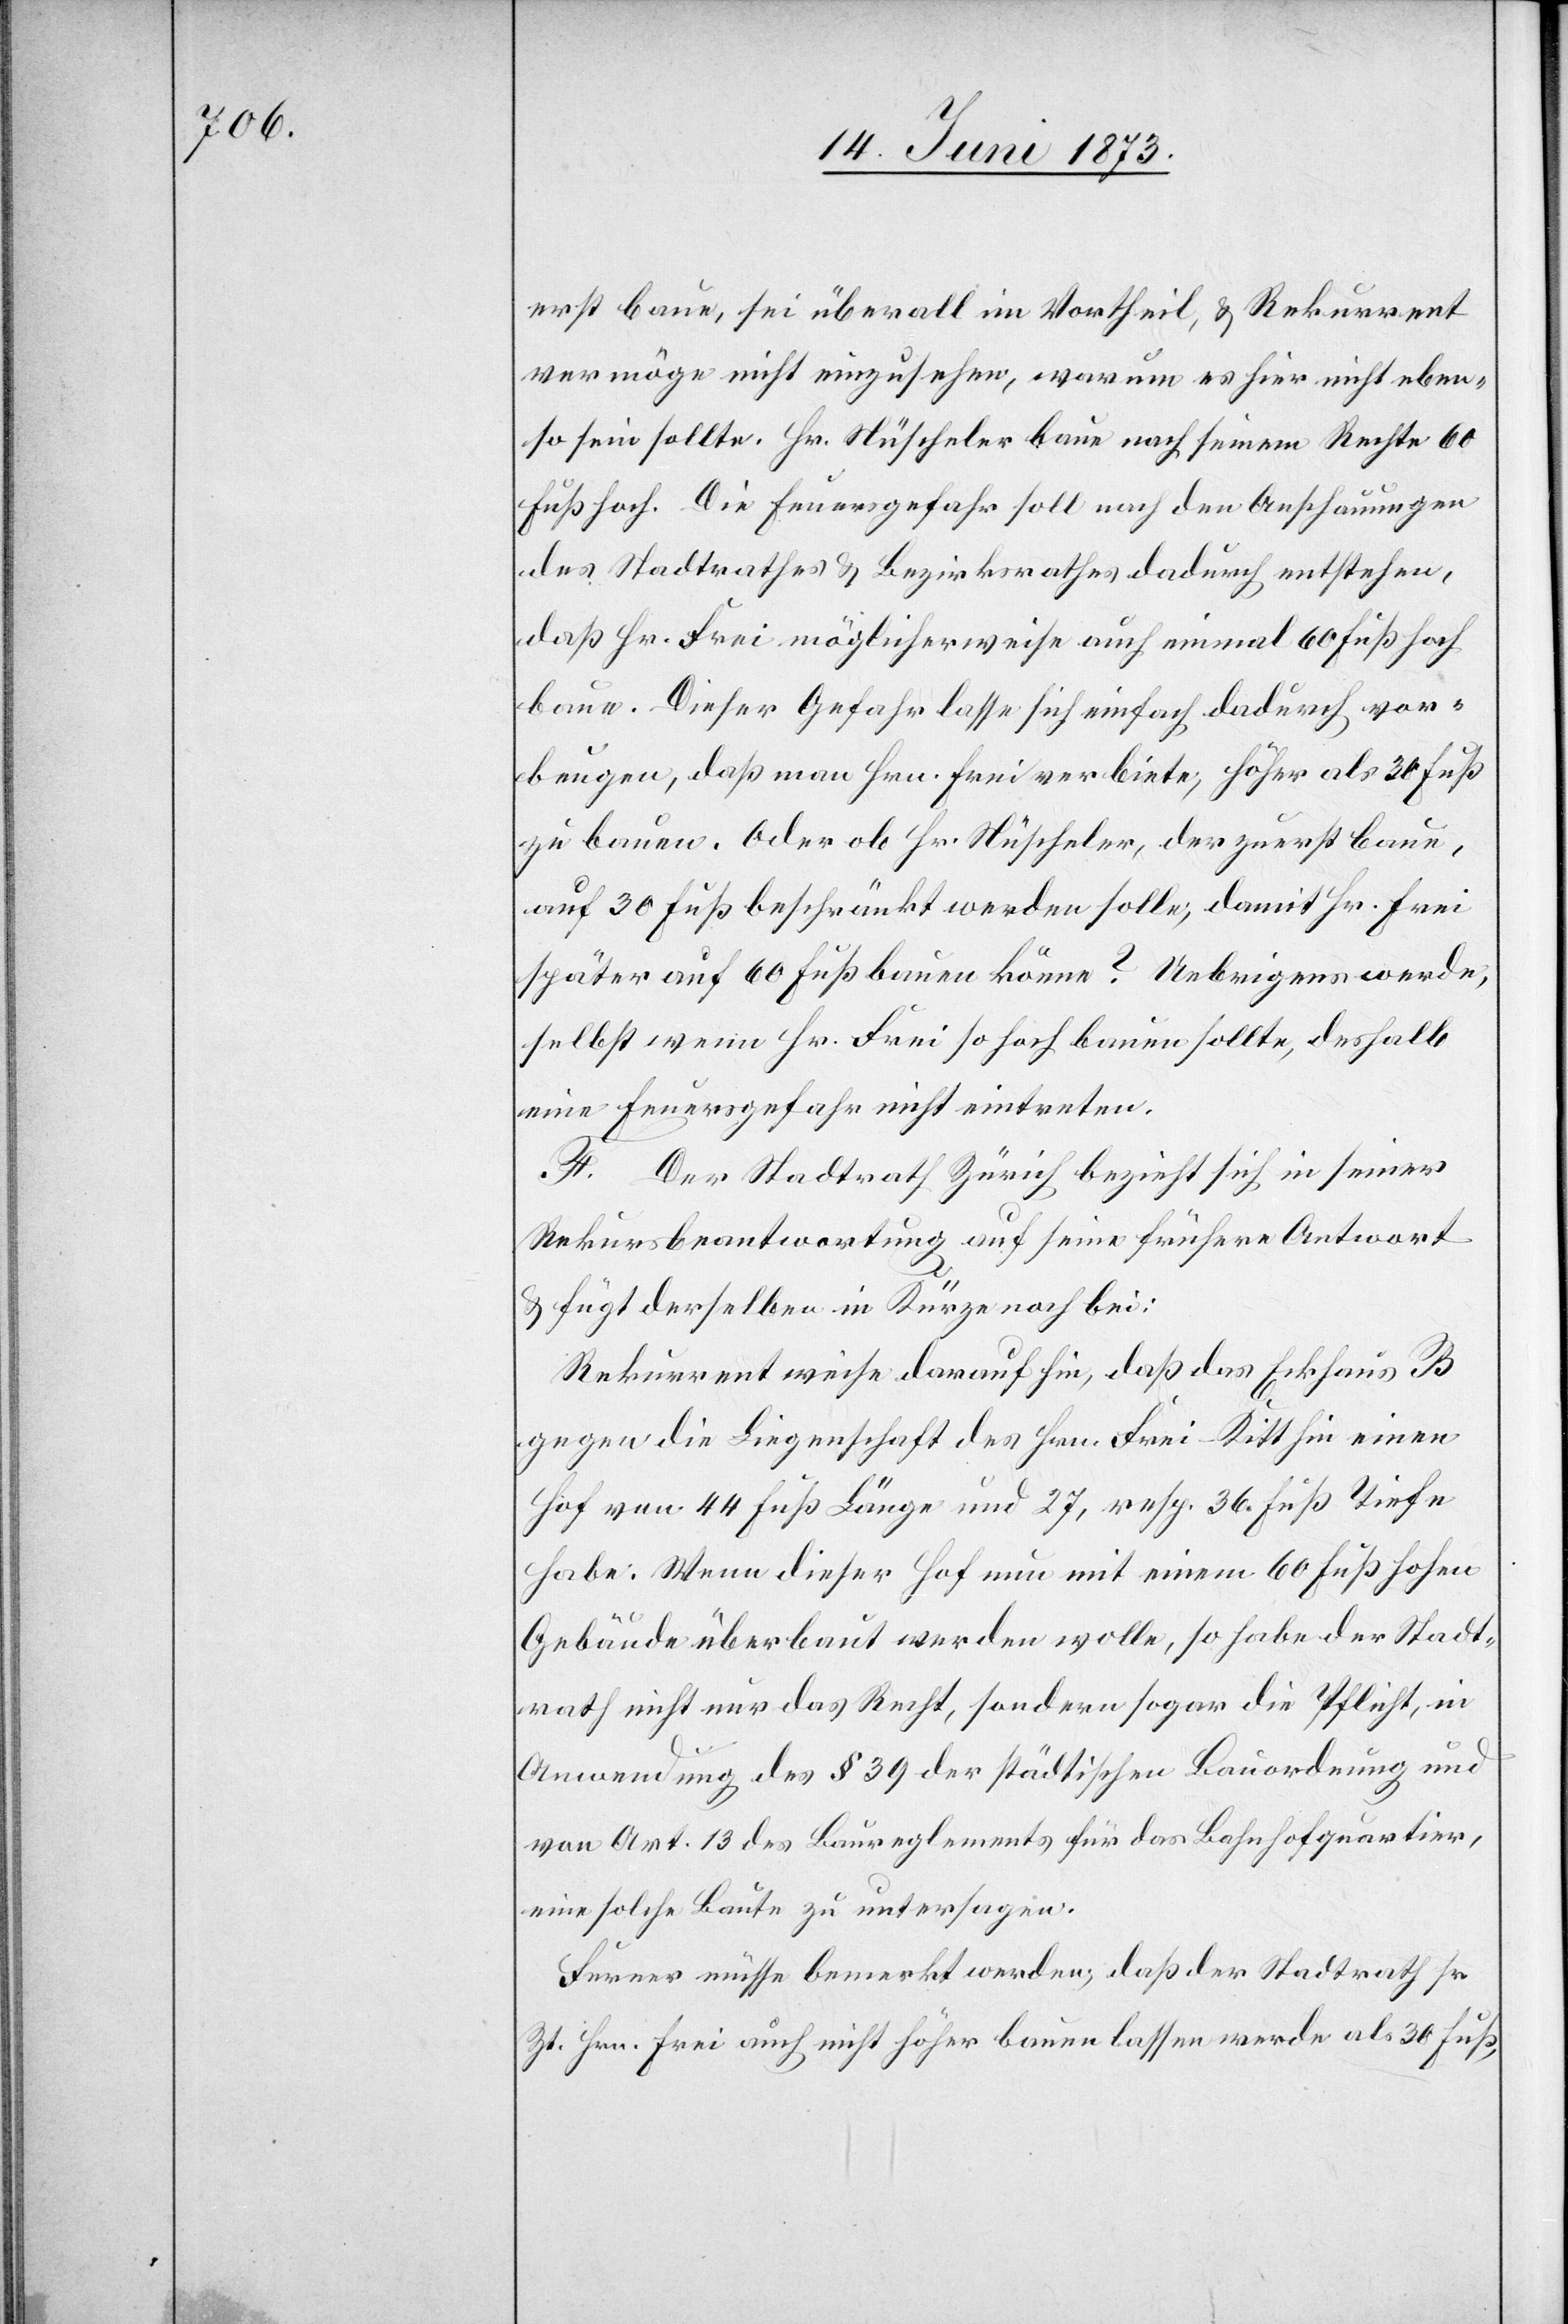
erst baue, sei überall im Vortheil, & Rekurrent
vermöge nicht einzusehen, warum es hier nicht eben¬
so sein sollte. Hr. Nüscheler baue nach seinem Rechte 60
Fuß hoch. Die Feuersgefahr soll nach den Anschauungen
des Stadtrathes & Bezirksrathes dadurch entstehen,
daß Hr. Frei möglicherweise auch einmal 60 Fuß hoch
baue. Dieser Gefahr lasse sich einfach dadurch vor¬
beugen, daß man Hrn. Frei verbiete, höher als 30 Fuß
zu bauen. Oder ob Hr. Nüscheler, der zuerst baue,
auf 30 Fuß beschränkt werden solle, damit Hr. Frei
später auf 60 Fuß bauen könne? Uebrigens werde,
selbst wenn Hr. Frei so hoch bauen sollte, deshalb
eine Feuersgefahr nicht eintreten.
F. Der Stadtrath Zürich bezieht sich in seiner
Rekursbeantwortung auf seine frühere Antwort
& fügt derselben in Kürze noch bei:
Rekurrent weise darauf hin, daß das Eckhaus B
gegen die Liegenschaft des Hrn. Frei-Kitt hin einen
Hof von 44 Fuß Länge und 27, resp. 36 Fuß Tiefe
habe. Wenn dieser Hof nun mit einem 60 Fuß hohen
Gebäude überbaut werden wolle, so habe der Stadt¬
rath nicht nur das Recht, sondern sogar die Pflicht, in
Anwendung des § 39 der städtischen Bauordnung und
von Art. 13 des Baureglements für das Bahnhofquartier,
eine solche Baute zu untersagen.
Ferner müsse bemerkt werden, daß der Stadtrath sr.
Zt. Hrn. Frei auch nicht höher bauen lassen werde als 30 Fuß,